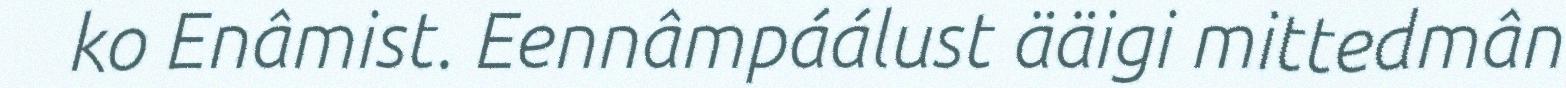
ko Enâmist. Eennâmpáálust ääigi mittedmân